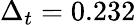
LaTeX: \Delta_{t}=0.232